Report of the Bombay Veterinary College
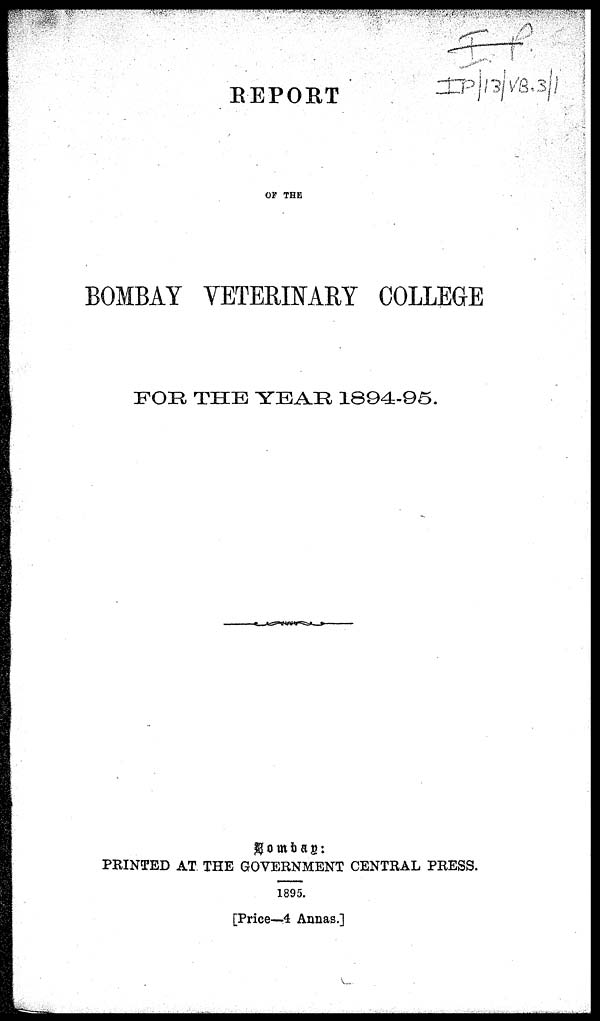
REPORT
OF THE
BOMBAY VETERINARY COLLEGE
FOR THE YEAR 1894-95.
Bombay:PRINTED
AT THE GOVERNMENT CENTRAL PRESS.
1895.
[Price—4 Annas.]